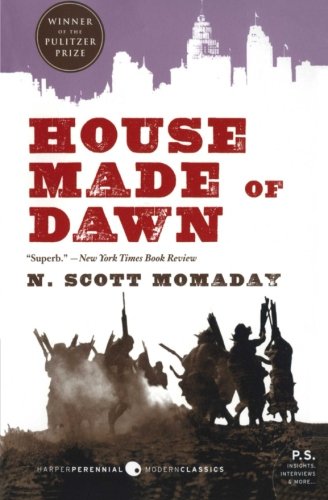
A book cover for House Made of Dawn; N. Scott Momaday; Literature & Fiction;